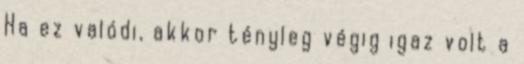
Ha ez valódi, akkor tényleg végig igaz volt a